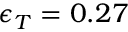
\epsilon _ { T } = 0 . 2 7 \